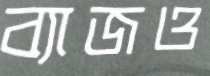
ব্যাজও